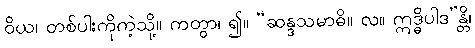
ဝိယ၊ တစ်ပါးကိုကဲ့သို့။ ကတွာ၊ ၍။ “ဆန္ဒသမာဓိ။ လ။ ဣဒ္ဓိပါဒ”န္တိ၊